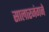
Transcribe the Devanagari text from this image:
सालारजंगने